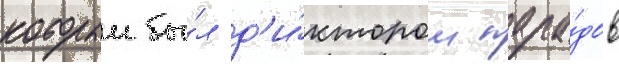
которыи бы́л д'и́ктором пара́дов